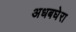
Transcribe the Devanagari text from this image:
अधबघेरा